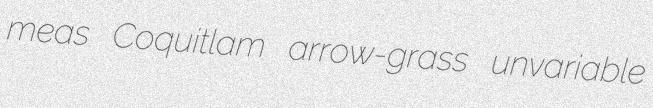
meas Coquitlam arrow-grass unvariable